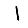
Digit: 1